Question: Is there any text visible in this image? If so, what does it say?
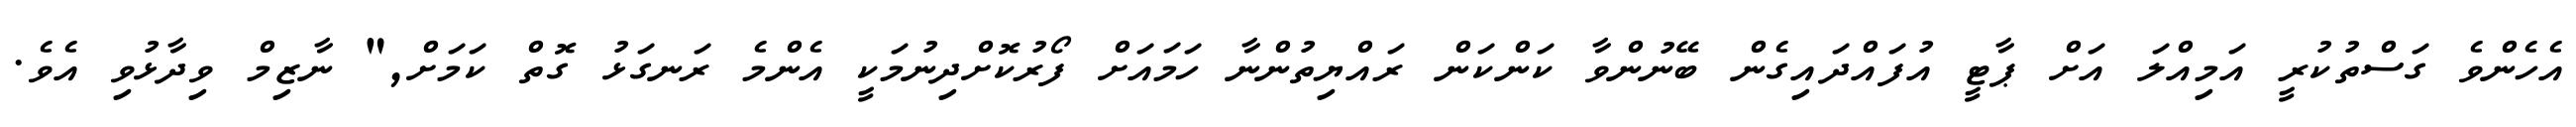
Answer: އެހެންވެ ގަސްތުކުރީ އަމިއްލަ އަށް ޕާޓީ އުފައްދައިގެން ބޭނުންވާ ކަންކަން ރައްޔިތުންނާ ހަމައަށް ފޯރުކޮށްދިނުމަކީ އެންމެ ރަނގަޅު ގޮތް ކަމަށް," ނާޒިމް ވިދާޅުވި އެވެ.